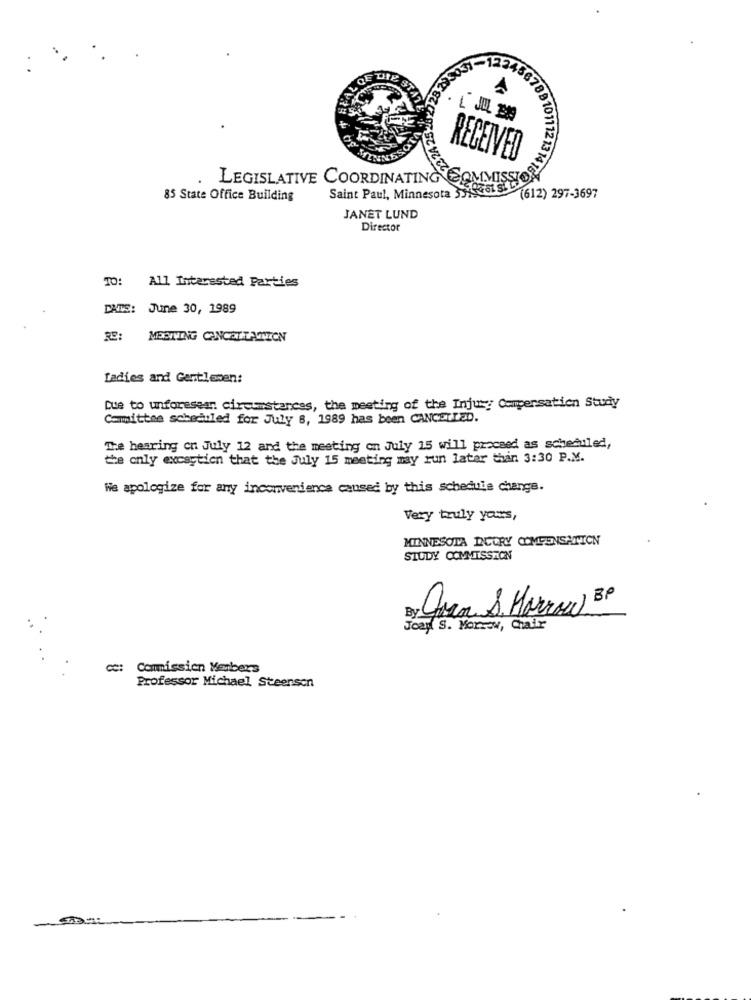
LJUL E
RECEIVED
LEGISLATIVE COORDINATING
14 16A
85 State Office Building
Saint Paul, Minnesota 33
(612) 297-3697
JANET LUND
Director
TO: All Interested Parties
DATE: June 30, 1989
RE: MESTLING CANCELLATION
Ladies and Gentlemen:
Due to unforeseen circumstances, the meeting of the Injury Compensation Study
Comittee scheduled for July 8, 1989 has been CANCELLED.
the hearing on July 12 and the meeting on July 15 will proceed as scheduled,
the only exception that the July 15 meeting may run later than 3:30 P.M.
We apologize for any inconvenience caused by this schedule change.
Very truly yours,
MINNESOTA DCURY COMPENSATION
STUDY COMMISSTION
Juan & Harrow BP
Joay S. Morrow, Chair
cc: Commission Menbers
Professor Michael Steenson